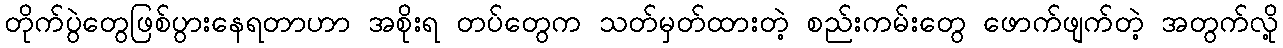
တိုက်ပွဲတွေဖြစ်ပွားနေရတာဟာ အစိုးရ တပ်တွေက သတ်မှတ်ထားတဲ့ စည်းကမ်းတွေ ဖောက်ဖျက်တဲ့ အတွက်လို့